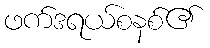
ဖက်ဒရယ်စနစ်၏